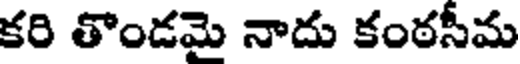
కరి తొండమై నాదు కంఠసీమ